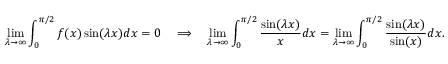
\operatorname* { l i m } _ { \lambda \to \infty } \int _ { 0 } ^ { \pi / 2 } f ( x ) \sin ( \lambda x ) d x = 0 \quad \Longrightarrow \quad \operatorname* { l i m } _ { \lambda \to \infty } \int _ { 0 } ^ { \pi / 2 } { \frac { \sin ( \lambda x ) } { x } } d x = \operatorname* { l i m } _ { \lambda \to \infty } \int _ { 0 } ^ { \pi / 2 } { \frac { \sin ( \lambda x ) } { \sin ( x ) } } d x .